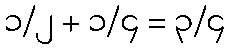
၁/၂ + ၁/၄ = ၃/၄